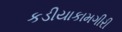
કડીયાકામગીરી